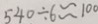
5 4 0 \div 6 \approx 1 0 0